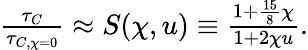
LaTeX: \begin{array}{r}{\frac{\tau_{C}}{\tau_{C,\chi=0}}\approx S(\chi,u)\equiv\frac{1+\frac{15}{8}\chi}{1+2\chi u}.}\end{array}